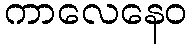
ကာလေနေဝ